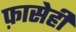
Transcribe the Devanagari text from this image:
फ़ासेही